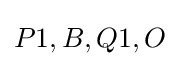
P1,B,Q1,O